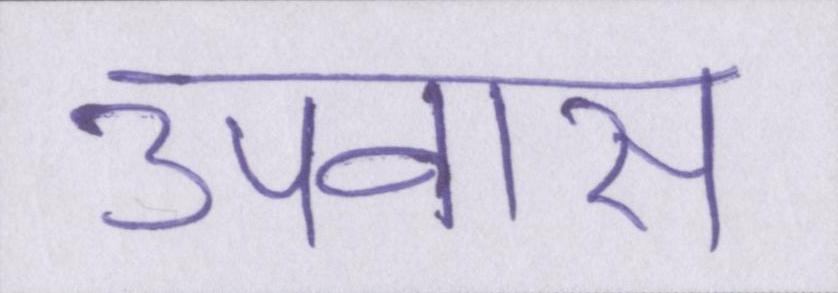
उपवास